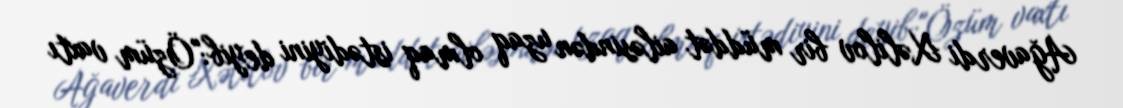
Ağaverdi Xəlilov bir müddət ailəsindən uzaq olmaq istədiyini deyib:"Özüm vaxtı